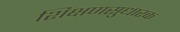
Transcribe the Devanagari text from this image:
शिक्षणसुधारक